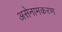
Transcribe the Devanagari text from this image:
असेनामकरण